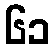
၆၁